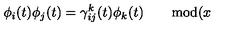
\phi _ { i } ( t ) \phi _ { j } ( t ) = \gamma _ { i j } ^ { k } ( t ) \phi _ { k } ( t ) \qquad \mathrm { m o d } ( x